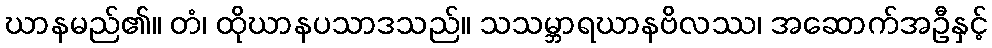
ဃာနမည်၏။ တံ၊ ထိုဃာနပသာဒသည်။ သသမ္ဘာရဃာနဗိလဿ၊ အဆောက်အဦနှင့်